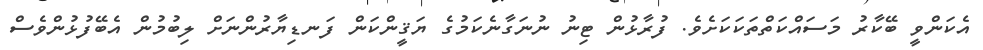
އެކަންވީ ބޭކާރު މަސައްކަތްތަކަކަށެވެ. ފުރާޅުން ޓިނު ނުނަގާނެކަމުގެ ޔަޤީންކަން ފަނޑިޔާރުންނަށް ލިބުމުން އެބޭފުޅުންވެސް